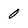
Character: 0